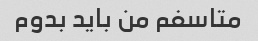
متاسفم من باید بدوم